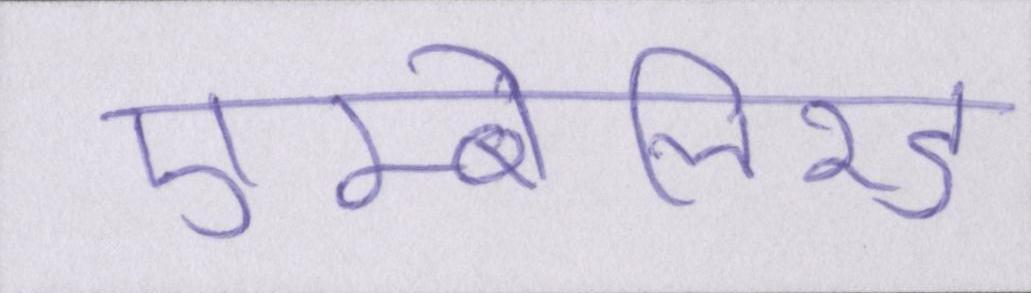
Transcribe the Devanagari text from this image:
एम्बेलिश्ड